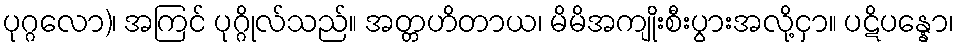
ပုဂ္ဂလော)၊ အကြင် ပုဂ္ဂိုလ်သည်။ အတ္တဟိတာယ၊ မိမိအကျိုးစီးပွားအလို့ငှာ။ ပဋိပန္နော၊